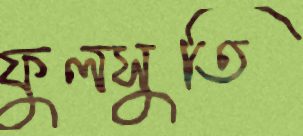
ফুলসুতি